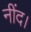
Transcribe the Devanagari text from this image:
नींद।